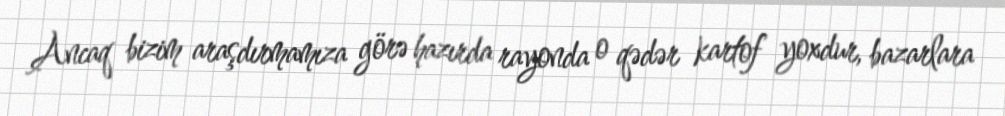
Ancaq bizim araşdırmamıza görə hazırda rayonda o qədər kartof yoxdur, bazarlara